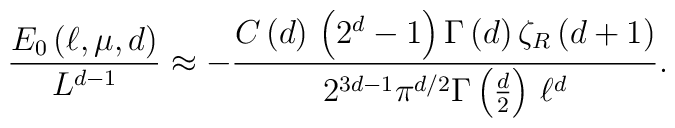
\frac{E_{0}\left( \ell ,\mu ,d\right) }{L^{d-1}}\approx -\frac{C\left( d\right) \, \left( 2^{d}-1\right) \Gamma \left( d\right) \zeta _{R}\left( d+1\right) }{2^{3d-1}\pi ^{d/2}\Gamma \left( \frac{d}{2}\right) \, \ell ^{d}}.